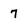
Character: 7